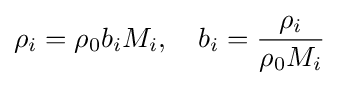
\rho _{i}=\rho _{0}b_{i}M_{i},\quad b_{i}={\frac {\rho _{i}}{\rho _{0}M_{i}}}